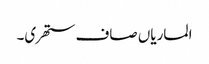
الماریاں صاف ستھری۔